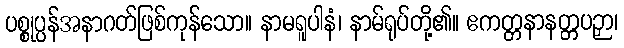
ပစ္စုပ္ပန်အနာဂတ်ဖြစ်ကုန်သော။ နာမရူပါနံ၊ နာမ်ရုပ်တို့၏။ ဧကတ္တနာနတ္တပဉှာ၊